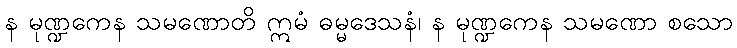
န မုဏ္ဍကေန သမဏောတိ ဣမံ ဓမ္မဒေသနံ၊ န မုဏ္ဍကေန သမဏော စသော